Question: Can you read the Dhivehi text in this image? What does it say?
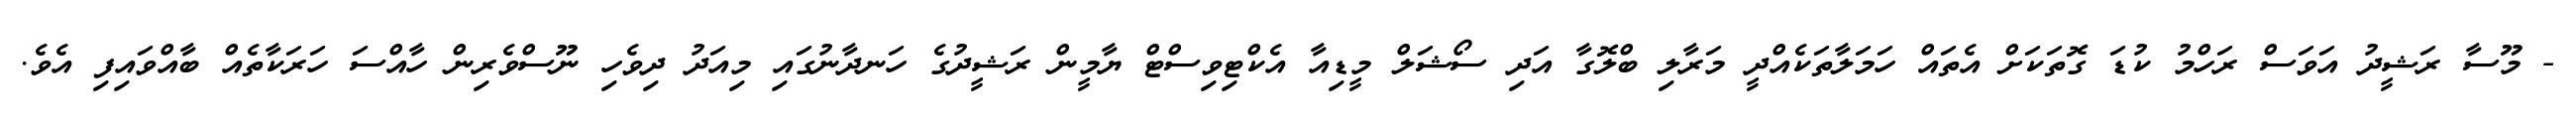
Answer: - މޫސާ ރަޝީދު އަވަސް ރަހްމު ކުޑަ ގޮތަކަށް އެތައް ހަމަލާތަކެއްދީ މަރާލި ބްލޮގާ އަދި ސޯޝަލް މީޑިއާ އެކްޓިވިސްޓް ޔާމީން ރަޝީދުގެ ހަނދާނުގައި މިއަދު ދިވެހި ނޫސްވެރިން ހާއްސަ ހަރަކާތެއް ބާއްވައިފި އެވެ.